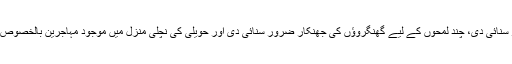
ٹھیک اسی رات بیگم صاحب کی حویلی پہ نہ چراغاں ہوا اور نہ ہی کسی طبلے یا سارنگی، ستار کی آواز سنائی دی، چند لمحوں کے لیے گھنگروؤں کی جھنکار ضرور سنائی دی اور حویلی کی نچلی منزل میں موجود مہاجرین بالخصوص نیک بزرگ خاتون اس جانب متوجہ ہوئے اور ایک مرتبہ پھر سے اپنے اپنے کام میں مصروف ہو گئے۔